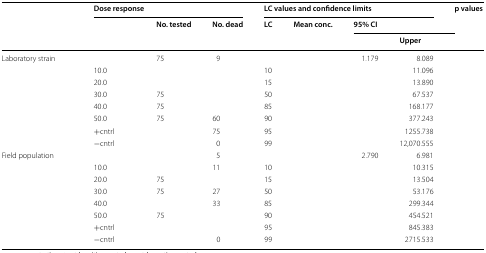
<table><thead><tr><td rowspan="3">[EMPTY_CELL]</td><td colspan="3"><b>Dose response</b></td><td colspan="4"><b>LC values and confidence limits</b></td><td rowspan="3"><b>p values</b></td></tr><tr><td rowspan="2">[EMPTY_CELL]</td><td rowspan="2"><b>No. tested</b></td><td rowspan="2"><b>No. dead</b></td><td rowspan="2"><b>LC</b></td><td rowspan="2"><b>Mean conc.</b></td><td colspan="2"><b>95% CI</b></td></tr><tr><td>[EMPTY_CELL]</td><td><b>Upper</b></td></tr></thead><tbody><tr><td rowspan="8">Laboratory strain</td><td>[EMPTY_CELL]</td><td>75</td><td>9</td><td>[EMPTY_CELL]</td><td>[EMPTY_CELL]</td><td>1.179</td><td>8.089</td><td rowspan="8">[EMPTY_CELL]</td></tr><tr><td>10.0</td><td>[EMPTY_CELL]</td><td>[EMPTY_CELL]</td><td>10</td><td>[EMPTY_CELL]</td><td>[EMPTY_CELL]</td><td>11.096</td></tr><tr><td>20.0</td><td>[EMPTY_CELL]</td><td>[EMPTY_CELL]</td><td>15</td><td>[EMPTY_CELL]</td><td>[EMPTY_CELL]</td><td>13.890</td></tr><tr><td>30.0</td><td>75</td><td>[EMPTY_CELL]</td><td>50</td><td>[EMPTY_CELL]</td><td>[EMPTY_CELL]</td><td>67.537</td></tr><tr><td>40.0</td><td>75</td><td>[EMPTY_CELL]</td><td>85</td><td>[EMPTY_CELL]</td><td>[EMPTY_CELL]</td><td>168.177</td></tr><tr><td>50.0</td><td>75</td><td>60</td><td>90</td><td>[EMPTY_CELL]</td><td>[EMPTY_CELL]</td><td>377.243</td></tr><tr><td>+cntrl</td><td>[EMPTY_CELL]</td><td>75</td><td>95</td><td>[EMPTY_CELL]</td><td>[EMPTY_CELL]</td><td>1255.738</td></tr><tr><td>−cntrl</td><td>[EMPTY_CELL]</td><td>0</td><td>99</td><td>[EMPTY_CELL]</td><td>[EMPTY_CELL]</td><td>12,070.555</td></tr><tr><td rowspan="8">Field population</td><td>[EMPTY_CELL]</td><td>[EMPTY_CELL]</td><td>5</td><td>[EMPTY_CELL]</td><td>[EMPTY_CELL]</td><td>2.790</td><td>6.981</td><td rowspan="8">[EMPTY_CELL]</td></tr><tr><td>10.0</td><td>[EMPTY_CELL]</td><td>11</td><td>10</td><td>[EMPTY_CELL]</td><td>[EMPTY_CELL]</td><td>10.315</td></tr><tr><td>20.0</td><td>75</td><td>[EMPTY_CELL]</td><td>15</td><td>[EMPTY_CELL]</td><td>[EMPTY_CELL]</td><td>13.504</td></tr><tr><td>30.0</td><td>75</td><td>27</td><td>50</td><td>[EMPTY_CELL]</td><td>[EMPTY_CELL]</td><td>53.176</td></tr><tr><td>40.0</td><td>[EMPTY_CELL]</td><td>33</td><td>85</td><td>[EMPTY_CELL]</td><td>[EMPTY_CELL]</td><td>299.344</td></tr><tr><td>50.0</td><td>75</td><td>[EMPTY_CELL]</td><td>90</td><td>[EMPTY_CELL]</td><td>[EMPTY_CELL]</td><td>454.521</td></tr><tr><td>+cntrl</td><td>[EMPTY_CELL]</td><td>[EMPTY_CELL]</td><td>95</td><td>[EMPTY_CELL]</td><td>[EMPTY_CELL]</td><td>845.383</td></tr><tr><td>−cntrl</td><td>[EMPTY_CELL]</td><td>0</td><td>99</td><td>[EMPTY_CELL]</td><td>[EMPTY_CELL]</td><td>2715.533</td></tr></tbody></table>